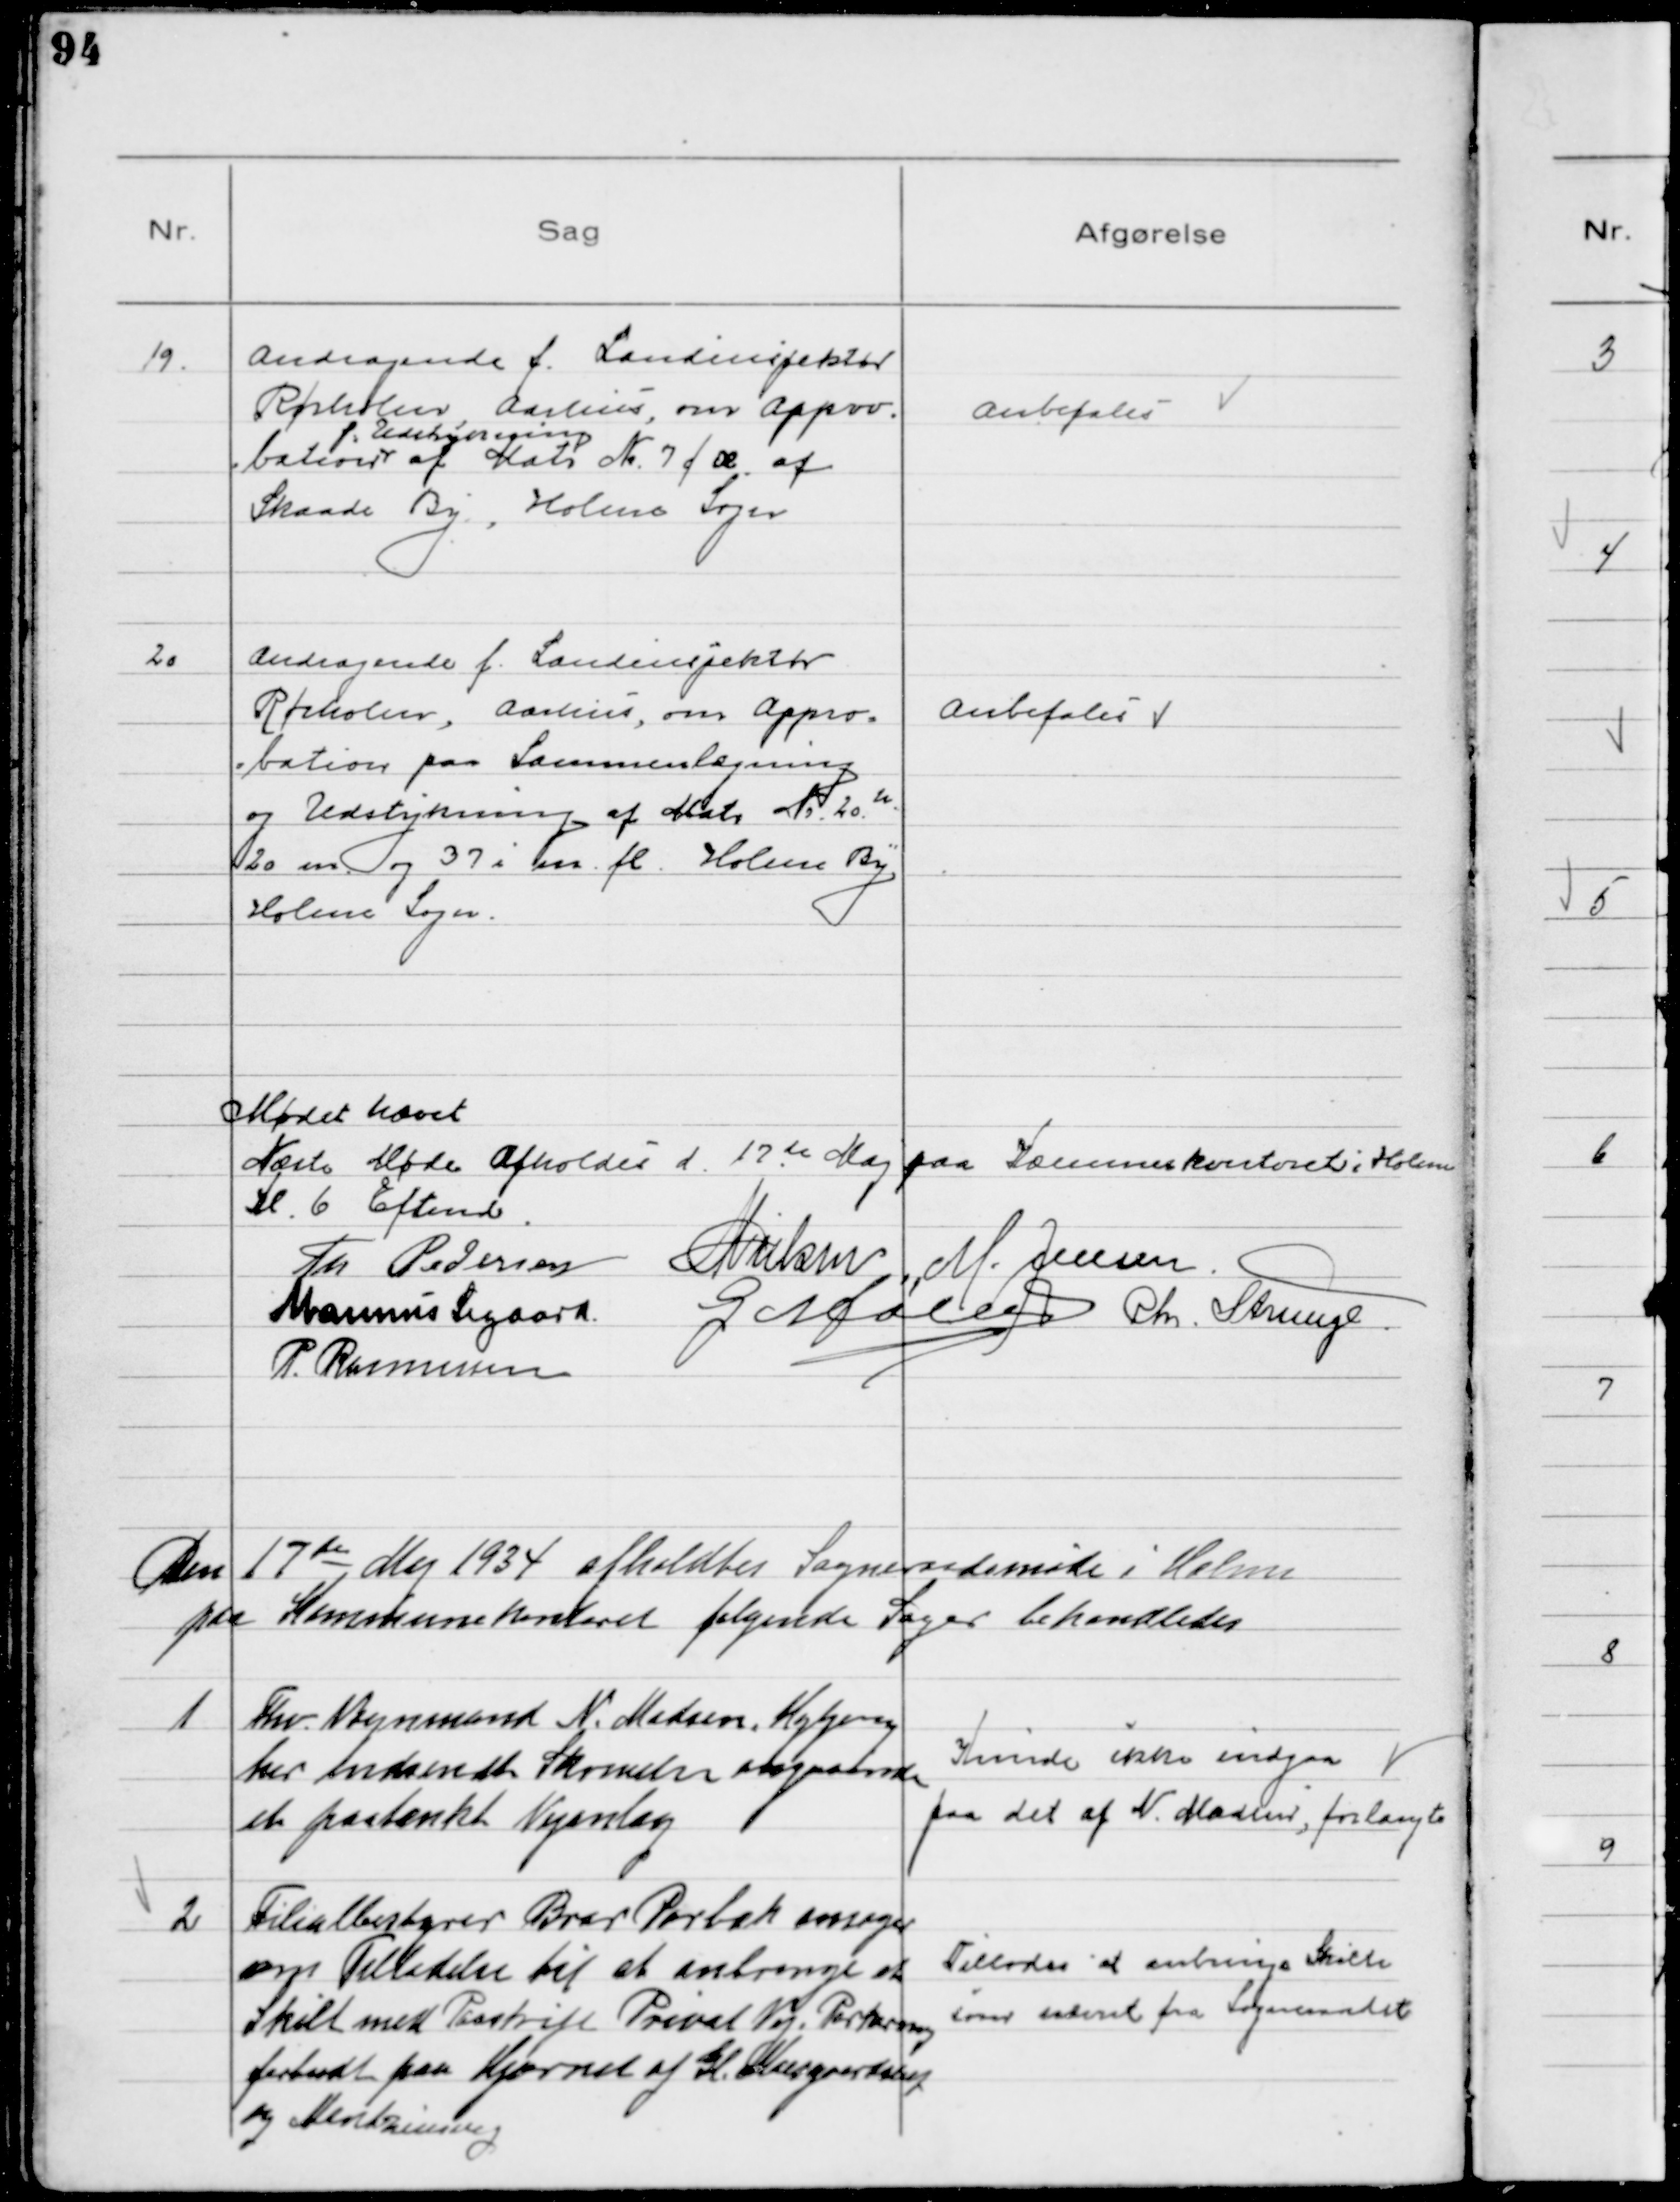
Transskription:
19.
Andragende f. Landinspektør
Rørholm, Aarhus, om appro
bation
f. Udstykning
af Matr №7 f æ af
Skaade By, Holme Sogn

Anbefales

20
Andragende f. Landinspektør
Rørholm, Aarhus, om Appro-
bation paa Sammenlægning
og Udstykning af Matr № 20 h
20 m og 37 i m. fl. Holme By
Holme Sogn.

Anbefales

Mødet hævet
Næste Møde Afholdes d. 17 de Maj paa Kæmnerkontoret i Holme
kl. 6 Eftmd
Th Pedersen NNielsen M. Jensen
Marinus Sigaard
G Møller Chr. Strunge
P. Rasmussen

Den 17de Maj 1934 afholdtes Sogneraadsmøde i Holme
paa Kommunekontoret følgende Sager behandledes

1
Fhv. Vognmand N. Madsen, Højbjerg
har indsendt Skrivelse angaaende
et paatænkt Vejanlæg

Kunde ikke indgaa
paa det af N. Madsen, forlangte

2
Filialbestyrer Bror Porbak ansøger
om Tilladelse til at anbringe et
Skilt med Paaskrift Privat Vej, Parkering
forbudt paa Hjørnet af Gl. Moesgaardsvej
og Mantziusvej

Tillodes at anbringe Skilte
som  fra Sogneraadet